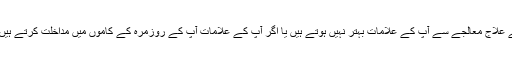
حکمت عملی کا مقابلہ کرنے میں مددگار ثابت ہوسکتا ہے ، لیکن اگر آپ کے علاج معالجے سے آپ کے علامات بہتر نہیں ہوتے ہیں یا اگر آپ کے علامات آپ کے روزمرہ کے کاموں میں مداخلت کرتے ہیں تو اس میں آپ کی ذہنی تندرستی ، آپ کے تعلقات یا ملازمت بھی شامل ہیں۔